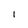
Character: I